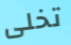
تخلى